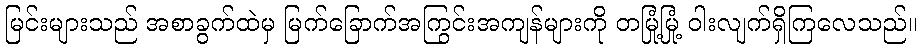
မြင်းများသည် အစာခွက်ထဲမှ မြက်ခြောက်အကြွင်းအကျန်များကို တမြုံ့မြုံ့ ဝါးလျက်ရှိကြလေသည်။